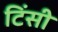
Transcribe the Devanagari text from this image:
टिंसी